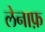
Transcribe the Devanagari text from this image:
लेनाफ़